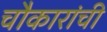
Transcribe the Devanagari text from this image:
चौकारांची